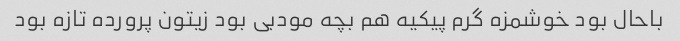
باحال بود خوشمزه گرم پیکیه هم بچه مودبی بود زیتون پرورده تازه بود